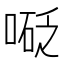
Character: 𠻅